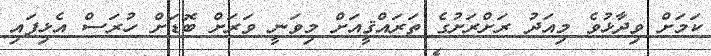
ކަމަށް ވިދާޅުވެ މިއަދު ރަށްރަށުގެ ތަރައްޤީއަށް މިވަނީ ވަރަށް ބޮޑަށް ހުރަސް އެޅިފައި